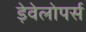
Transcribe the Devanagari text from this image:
ड़ेवेलोपर्स